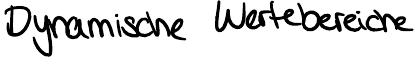
Dynamische Wertebereiche